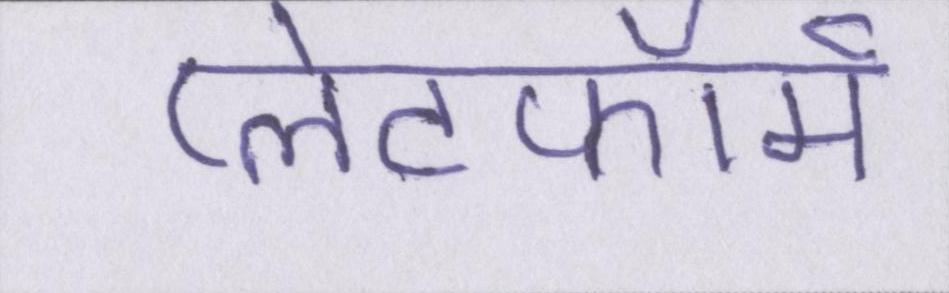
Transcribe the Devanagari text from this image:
प्लेटफॉर्म